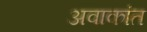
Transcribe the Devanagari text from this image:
अवाकांत